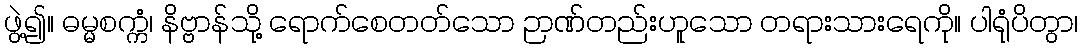
ဖွဲ့၍။ ဓမ္မစက္ကံ၊ နိဗ္ဗာန်သို့ ရောက်စေတတ်သော ဉာဏ်တည်းဟူသော တရားသားရေကို။ ပါရုံပိတွာ၊